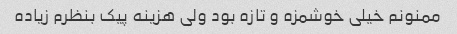
ممنونم خیلی خوشمزه و تازه بود ولی هزینه پیک بنظرم زیاده